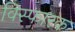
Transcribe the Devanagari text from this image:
विस्‍फारक